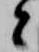
と